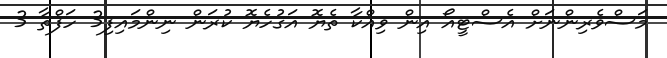
މަސްވެރިންނަށް އެސްޓީއޯ އިން ވިއްކާ ތެޔޮ އަގުހެޔޮ ކުރަން ނިންމައިފި3 ހަފްތާ 3